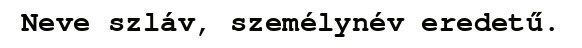
Neve szláv, személynév eredetű.